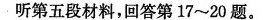
听第五段材料,回答第 17~20 题.